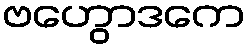
ဗဟွောဒကေ